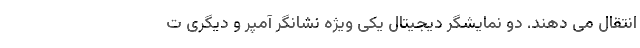
انتقال می دهند. دو نمایشگر دیجیتال یکی ویژه نشانگر آمپر و دیگری ت